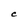
Character: C